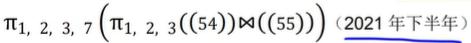
$\pi_{1,2,3,7}(\pi_{1,2,3}((54))\bowtie((55)))\ (2021\text{ 年下半年})$